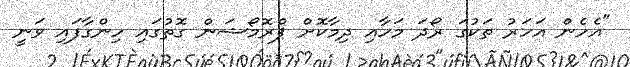
"އެހެން އަހަރު ތަކުގަ ރޯދަ މަހާއި ދިމާކޮށް ޕްރޮމޯޝަން ގޮތުގައި ހިންގާފައި ވަނީ